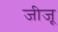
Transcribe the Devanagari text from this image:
जीजू